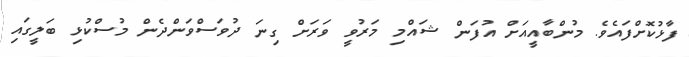
ފާޅުކޮށްފައެވެ. މުންބާއީއަށް އުފަން ޝައްމި މަރުވީ ވަރަށް ގިނަ ދުވަސްވަންދެން މުސްކުޅި ބަލީގައި